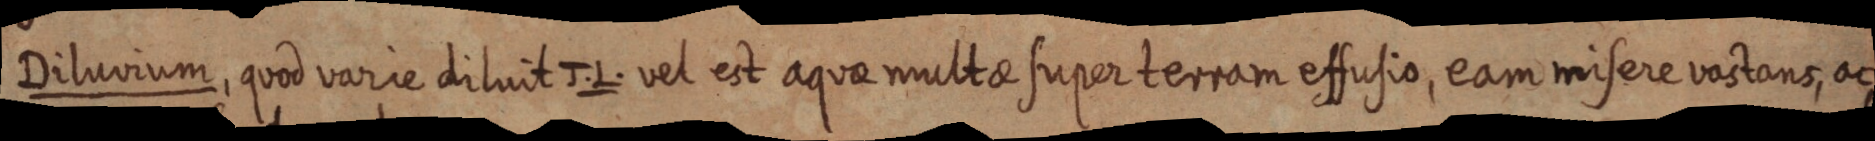
Diluvium, quod varie diluit J. L. vel est aquae multae super terram effusio, eam misere vastans, ac